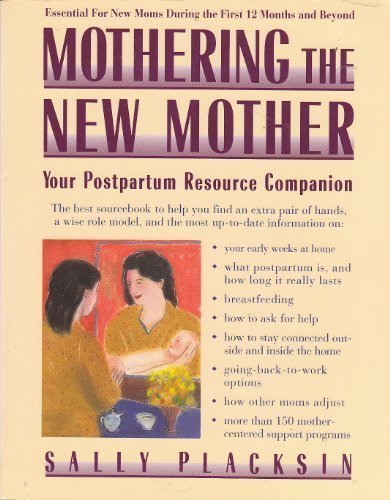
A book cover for Mothering the New Mother: Your Postpartum Resource Companion; Sally Placksin; Health, Fitness & Dieting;